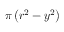
\pi \left( r ^ { 2 } - y ^ { 2 } \right)